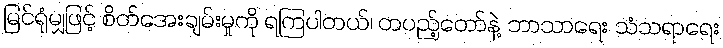
မြင်ရုံမျှဖြင့် စိတ်အေးချမ်းမှုကို ရကြပါတယ်၊ တပည့်တော်နဲ့ ဘာသာရေး သံသရာရေး